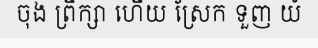
ចុង ព្រឹក្សា ហើយ ស្រែក ទួញ យំ